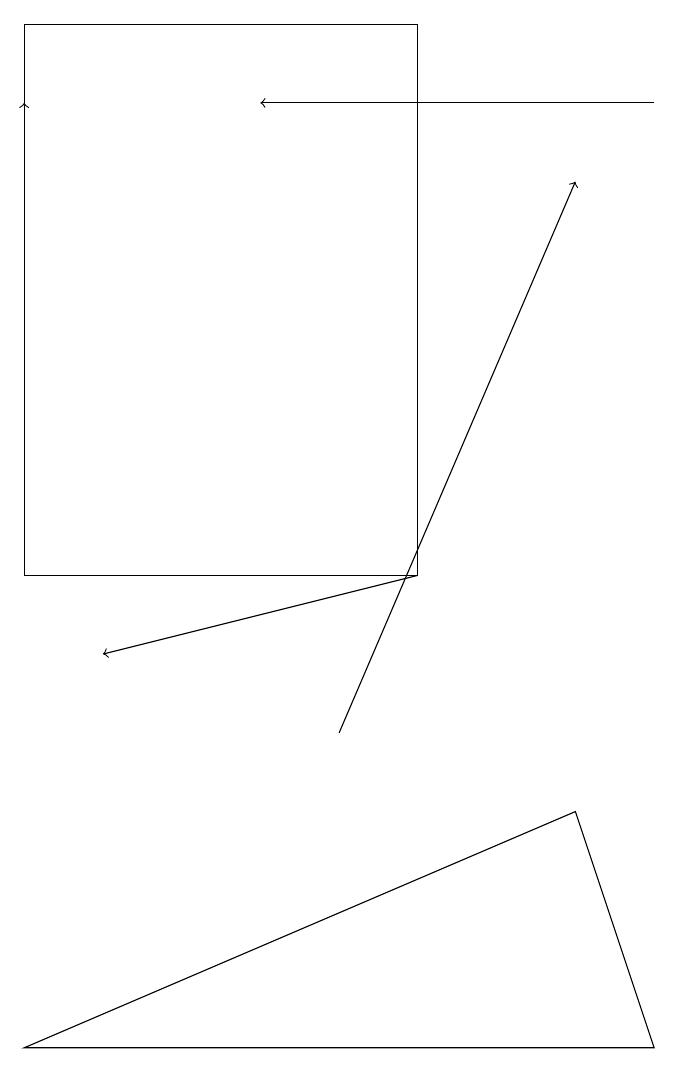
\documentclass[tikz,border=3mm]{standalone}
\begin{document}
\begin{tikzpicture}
\draw (5,19) rectangle (0,12);
\draw[->] (8,18) -- (3,18);
\draw[->] (5,12) -- (1,11);
\draw[->] (0,12) -- (0,18);
\draw[->] (4,10) -- (7,17);
\draw (0,6) -- (7,9) -- (8,6) -- cycle;
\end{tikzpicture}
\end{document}